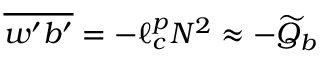
\overline { { w ^ { \prime } b ^ { \prime } } } = - \ell _ { c } ^ { p } N ^ { 2 } \approx - \widetilde Q _ { b }